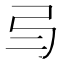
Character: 𢎥